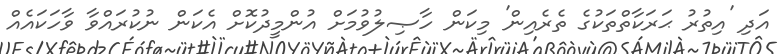
އަދި 'އިތުރު ޙަރަކާތްތަކުގެ ތެރެއިން' މިކަން ހާޞިލުވުމަށް އުންމީދުކޮށް އެކަން ނުކުރައްވާ ވާހަކައެއް